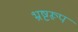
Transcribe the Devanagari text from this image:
भ्रष्टरूप